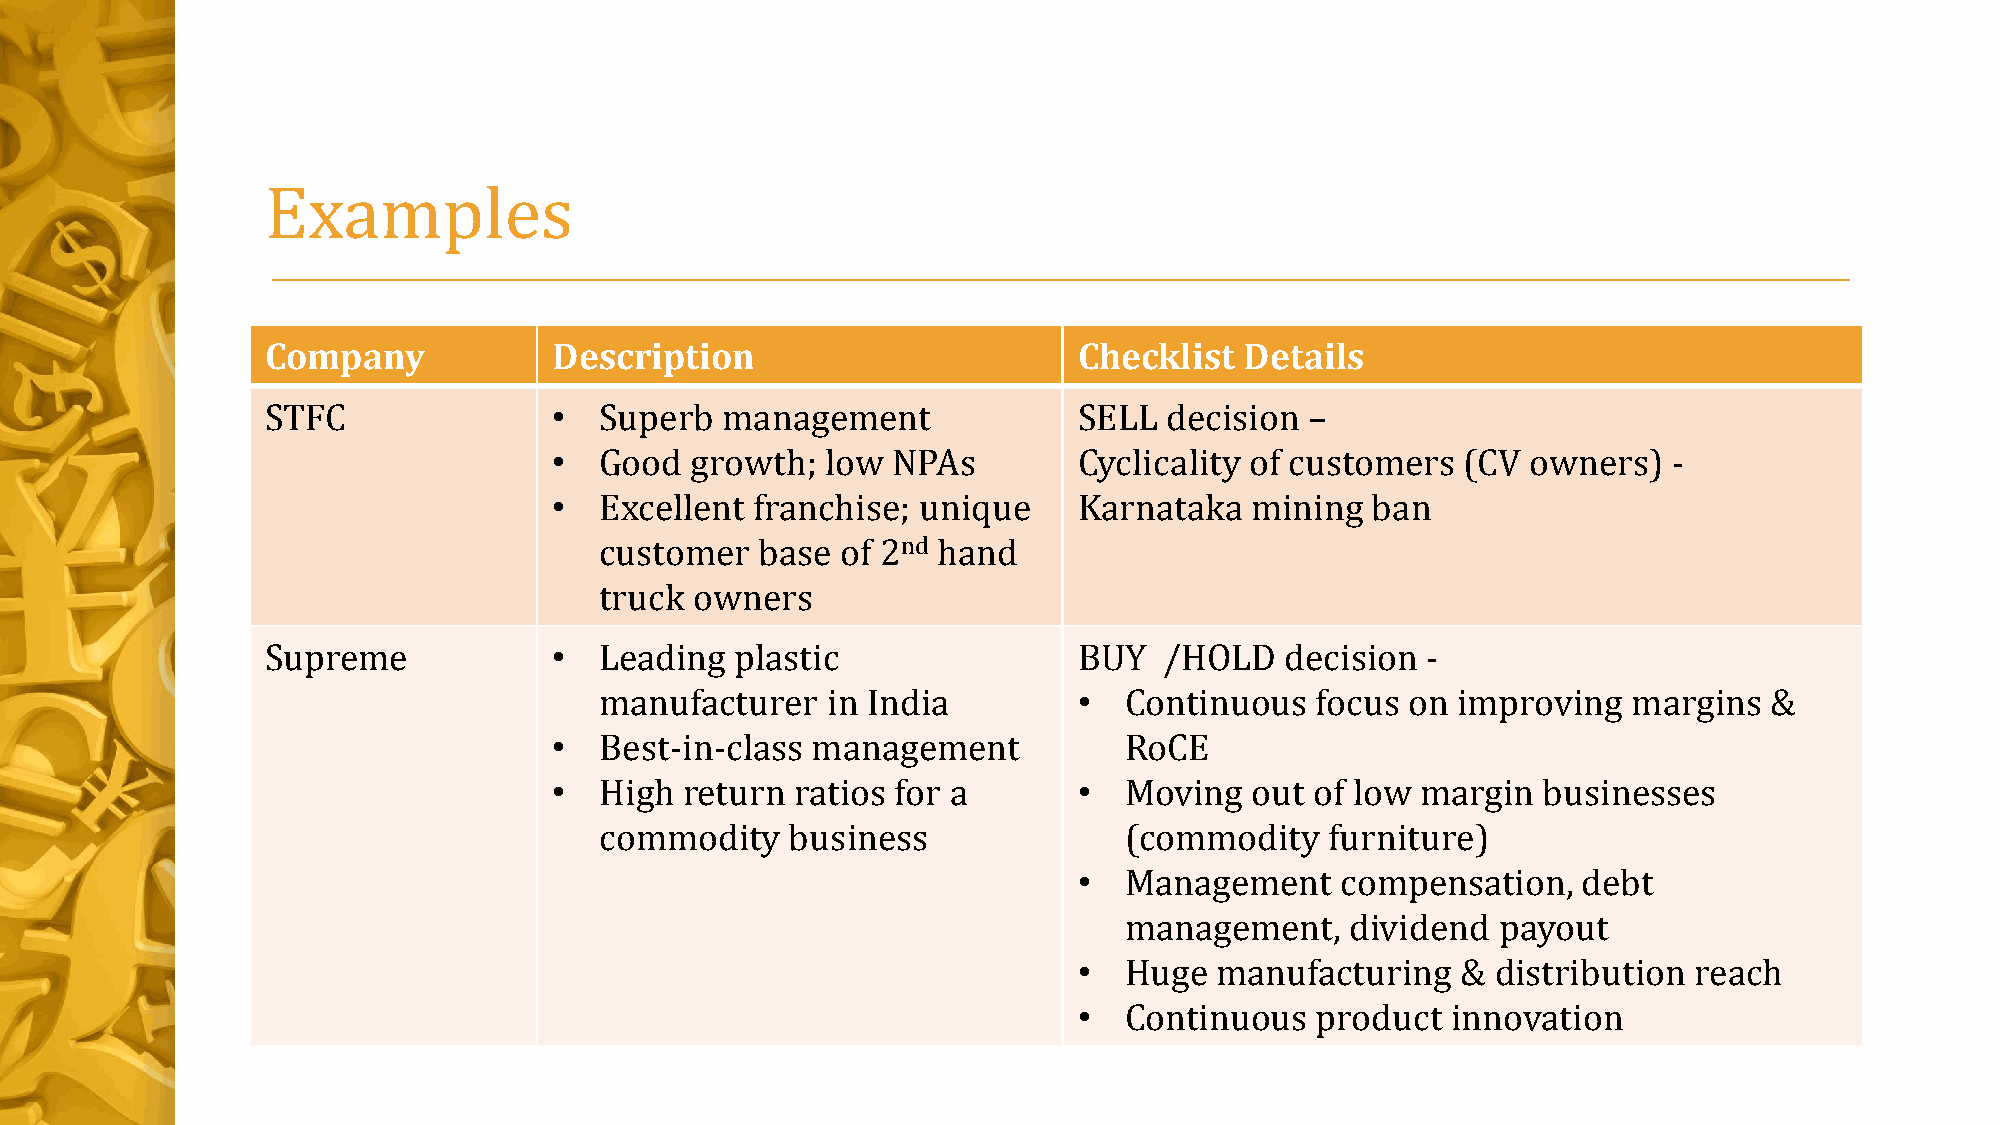
Examples
 Company            Description                       Checklist  Details
 STFC               •  Superb  management             SELL  decision  –
 •  Good  growth;  low NPAs        Cyclicality of customers  (CV owners)   -
 •  Excellent franchise; unique    Karnataka   mining  ban
 customer  base  of 2nd hand
 truck owners
 Supreme            •  Leading  plastic               BUY   /HOLD   decision -
 manufacturer   in India        •  Continuous   focus on improving   margins  &
 •  Best-in-class management          RoCE
 •  High return  ratios for a      •  Moving   out of low margin  businesses
 commodity   business              (commodity    furniture)
 •  Management     compensation,   debt
 management,    dividend  payout
 •  Huge   manufacturing   & distribution reach
 •  Continuous   product  innovation